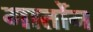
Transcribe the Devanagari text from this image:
गार्तोन